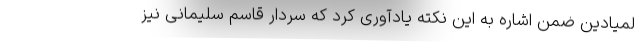
لمیادین ضمن اشاره به این نکته یادآوری کرد که سردار قاسم سلیمانی نیز